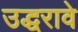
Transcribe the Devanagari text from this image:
उद्धरावे